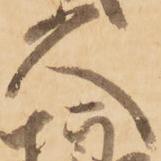
久